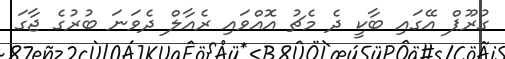
ގުރޫޕް އޭގައި ބާކީ ދެ މެޗު އޮއްވައި ރެއާލް ދެވަނަ ބުރުގެ ޖާގަ